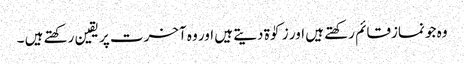
وہ جو نمازقائم رکھتے ہیں اور زکوٰۃ دیتے ہیں اور وہ آخرت پر یقین رکھتے ہیں ۔